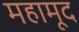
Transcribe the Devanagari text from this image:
महामूद